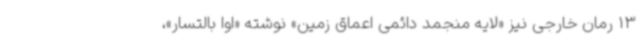
13 رمان خارجی نیز «لایه منجمد دائمی اعماق زمین» نوشته «اوا بالتسار»،